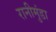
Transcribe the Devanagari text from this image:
रानीमुंडा